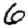
Digit: 6